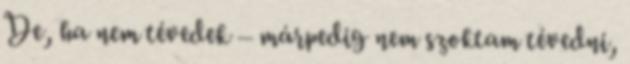
De, ha nem tévedek – márpedig nem szoktam tévedni,